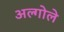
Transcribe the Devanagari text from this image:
अल्गोले